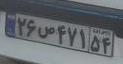
۲۶ص۴۷۱۵۴